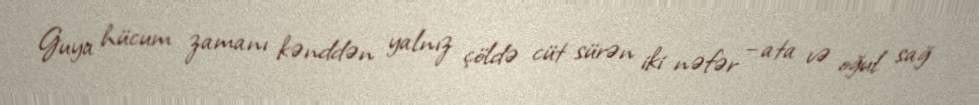
Guya hücum zamanı kənddən yalnız çöldə cüt sürən iki nəfər – ata və oğul sağ